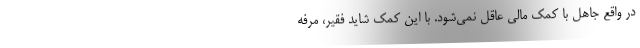
در واقع جاهل با کمک مالی عاقل نمی‌شود. با این کمک شاید فقیر، مرفه